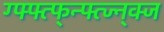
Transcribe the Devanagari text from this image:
ग्फ्फ्त्फ्न्फ्त्ज्न्क्ज